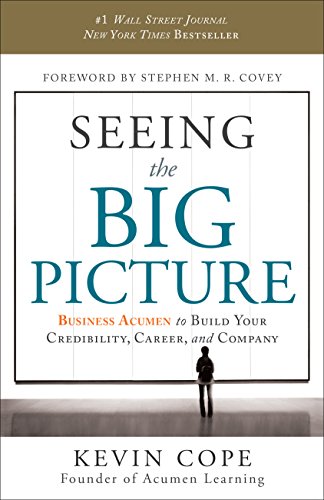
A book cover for Seeing the Big Picture: Business Acumen to Build Your Credibility, Career, and Company; Kevin Cope; Business & Money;